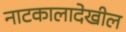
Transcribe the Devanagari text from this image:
नाटकालादेखील